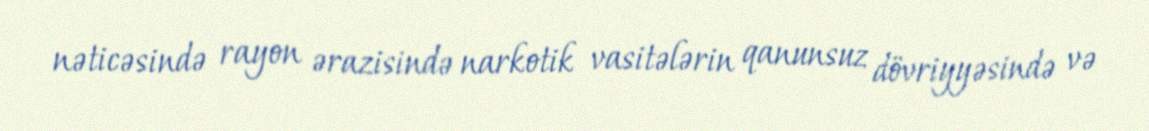
nəticəsində rayon ərazisində narkotik vasitələrin qanunsuz dövriyyəsində və